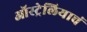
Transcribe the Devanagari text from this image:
ऑस्ट्रेलियाचं